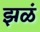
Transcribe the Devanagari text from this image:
झळं